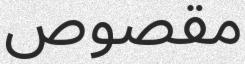
مقصوص